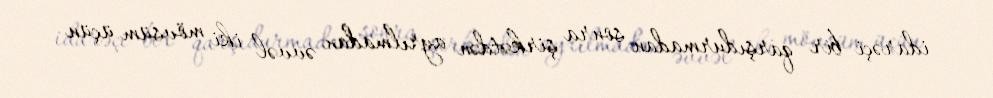
idarəçi bir qarşıdurmadan sonra şirkətdən ayrılmadan əvvəl iki mövsüm üçün